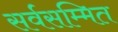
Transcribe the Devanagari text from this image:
सर्वसम्मित